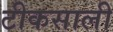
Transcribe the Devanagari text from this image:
टीकसाली